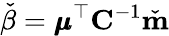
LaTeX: \check{\beta}=\pmb{\mu}^{\top}\mathbf{C}^{-1}\check{\mathbf{m}}